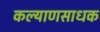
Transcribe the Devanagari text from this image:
कल्याणसाधक